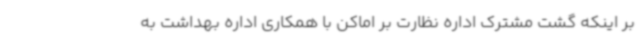
بر اینکه گشت مشترک اداره نظارت بر اماکن با همکاری اداره بهداشت به